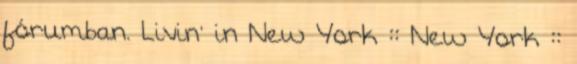
fórumban. Livin' in New York :: New York ::